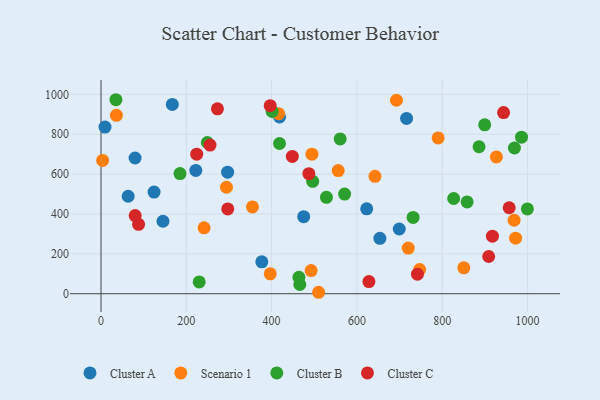
{"axis": {"x": "Study Hours", "y": "Exam Score"}, "legend": ["Cluster A", "Cluster B", "Cluster C", "Scenario 1"], "data": [{"x": "418.6", "y": 886.5, "type": "Cluster A"}, {"x": "79.9", "y": 680.7, "type": "Cluster A"}, {"x": "145.3", "y": 363.4, "type": "Cluster A"}, {"x": "377.0", "y": 159.9, "type": "Cluster A"}, {"x": "167.2", "y": 949.5, "type": "Cluster A"}, {"x": "699.2", "y": 324.7, "type": "Cluster A"}, {"x": "653.8", "y": 277.7, "type": "Cluster A"}, {"x": "622.9", "y": 425.6, "type": "Cluster A"}, {"x": "222.3", "y": 618.6, "type": "Cluster A"}, {"x": "9.4", "y": 836.0, "type": "Cluster A"}, {"x": "296.8", "y": 609.4, "type": "Cluster A"}, {"x": "716.4", "y": 879.2, "type": "Cluster A"}, {"x": "475.2", "y": 386.3, "type": "Cluster A"}, {"x": "63.7", "y": 488.8, "type": "Cluster A"}, {"x": "124.4", "y": 509.9, "type": "Cluster A"}, {"x": "396.8", "y": 100.0, "type": "Scenario 1"}, {"x": "720.4", "y": 229.1, "type": "Scenario 1"}, {"x": "642.3", "y": 588.7, "type": "Scenario 1"}, {"x": "927.0", "y": 686.0, "type": "Scenario 1"}, {"x": "492.6", "y": 115.9, "type": "Scenario 1"}, {"x": "510.1", "y": 7.3, "type": "Scenario 1"}, {"x": "746.9", "y": 121.3, "type": "Scenario 1"}, {"x": "494.5", "y": 699.9, "type": "Scenario 1"}, {"x": "968.5", "y": 368.5, "type": "Scenario 1"}, {"x": "241.7", "y": 330.3, "type": "Scenario 1"}, {"x": "416.6", "y": 902.6, "type": "Scenario 1"}, {"x": "850.6", "y": 129.7, "type": "Scenario 1"}, {"x": "972.0", "y": 278.6, "type": "Scenario 1"}, {"x": "355.1", "y": 435.2, "type": "Scenario 1"}, {"x": "36.2", "y": 894.6, "type": "Scenario 1"}, {"x": "294.1", "y": 534.0, "type": "Scenario 1"}, {"x": "556.1", "y": 617.5, "type": "Scenario 1"}, {"x": "692.7", "y": 970.3, "type": "Scenario 1"}, {"x": "790.4", "y": 781.2, "type": "Scenario 1"}, {"x": "3.8", "y": 668.4, "type": "Scenario 1"}, {"x": "528.5", "y": 483.7, "type": "Cluster B"}, {"x": "571.1", "y": 499.9, "type": "Cluster B"}, {"x": "560.7", "y": 776.5, "type": "Cluster B"}, {"x": "985.9", "y": 785.3, "type": "Cluster B"}, {"x": "230.2", "y": 59.3, "type": "Cluster B"}, {"x": "185.2", "y": 602.5, "type": "Cluster B"}, {"x": "35.0", "y": 973.0, "type": "Cluster B"}, {"x": "858.3", "y": 460.5, "type": "Cluster B"}, {"x": "999.6", "y": 425.4, "type": "Cluster B"}, {"x": "899.5", "y": 847.3, "type": "Cluster B"}, {"x": "969.3", "y": 730.8, "type": "Cluster B"}, {"x": "466.1", "y": 46.2, "type": "Cluster B"}, {"x": "496.3", "y": 563.9, "type": "Cluster B"}, {"x": "249.3", "y": 758.4, "type": "Cluster B"}, {"x": "464.0", "y": 82.7, "type": "Cluster B"}, {"x": "401.2", "y": 914.2, "type": "Cluster B"}, {"x": "418.5", "y": 753.5, "type": "Cluster B"}, {"x": "731.7", "y": 382.8, "type": "Cluster B"}, {"x": "886.3", "y": 737.2, "type": "Cluster B"}, {"x": "826.8", "y": 477.5, "type": "Cluster B"}, {"x": "80.1", "y": 392.1, "type": "Cluster C"}, {"x": "297.2", "y": 425.2, "type": "Cluster C"}, {"x": "628.1", "y": 61.2, "type": "Cluster C"}, {"x": "396.7", "y": 943.2, "type": "Cluster C"}, {"x": "255.6", "y": 745.8, "type": "Cluster C"}, {"x": "487.3", "y": 602.3, "type": "Cluster C"}, {"x": "88.1", "y": 348.0, "type": "Cluster C"}, {"x": "957.0", "y": 431.1, "type": "Cluster C"}, {"x": "917.7", "y": 288.6, "type": "Cluster C"}, {"x": "908.9", "y": 186.6, "type": "Cluster C"}, {"x": "273.0", "y": 927.4, "type": "Cluster C"}, {"x": "224.4", "y": 700.0, "type": "Cluster C"}, {"x": "943.8", "y": 908.5, "type": "Cluster C"}, {"x": "448.5", "y": 688.7, "type": "Cluster C"}, {"x": "741.9", "y": 97.9, "type": "Cluster C"}]}